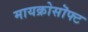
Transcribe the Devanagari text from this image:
मायक्रोसॊफ्ट